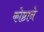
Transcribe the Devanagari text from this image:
कोष्ठाने